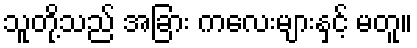
သူတို့သည် အခြား ကလေးများနှင့် မတူ။